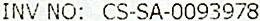
INV NO: CS-SA-0093978